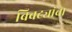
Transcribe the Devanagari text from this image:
बिबट्यांचा